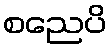
စညေပိ